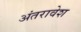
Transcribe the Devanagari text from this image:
अंतरावेश